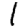
Digit: 1